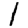
Digit: 1